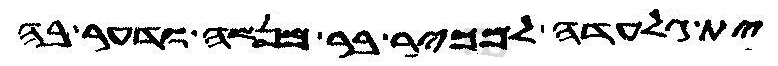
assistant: ית גלעדה למכיר בר מנשה ודער בה